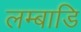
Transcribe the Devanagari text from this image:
लम्बाडि